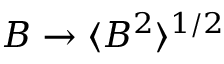
B \rightarrow \langle B ^ { 2 } \rangle ^ { 1 / 2 }